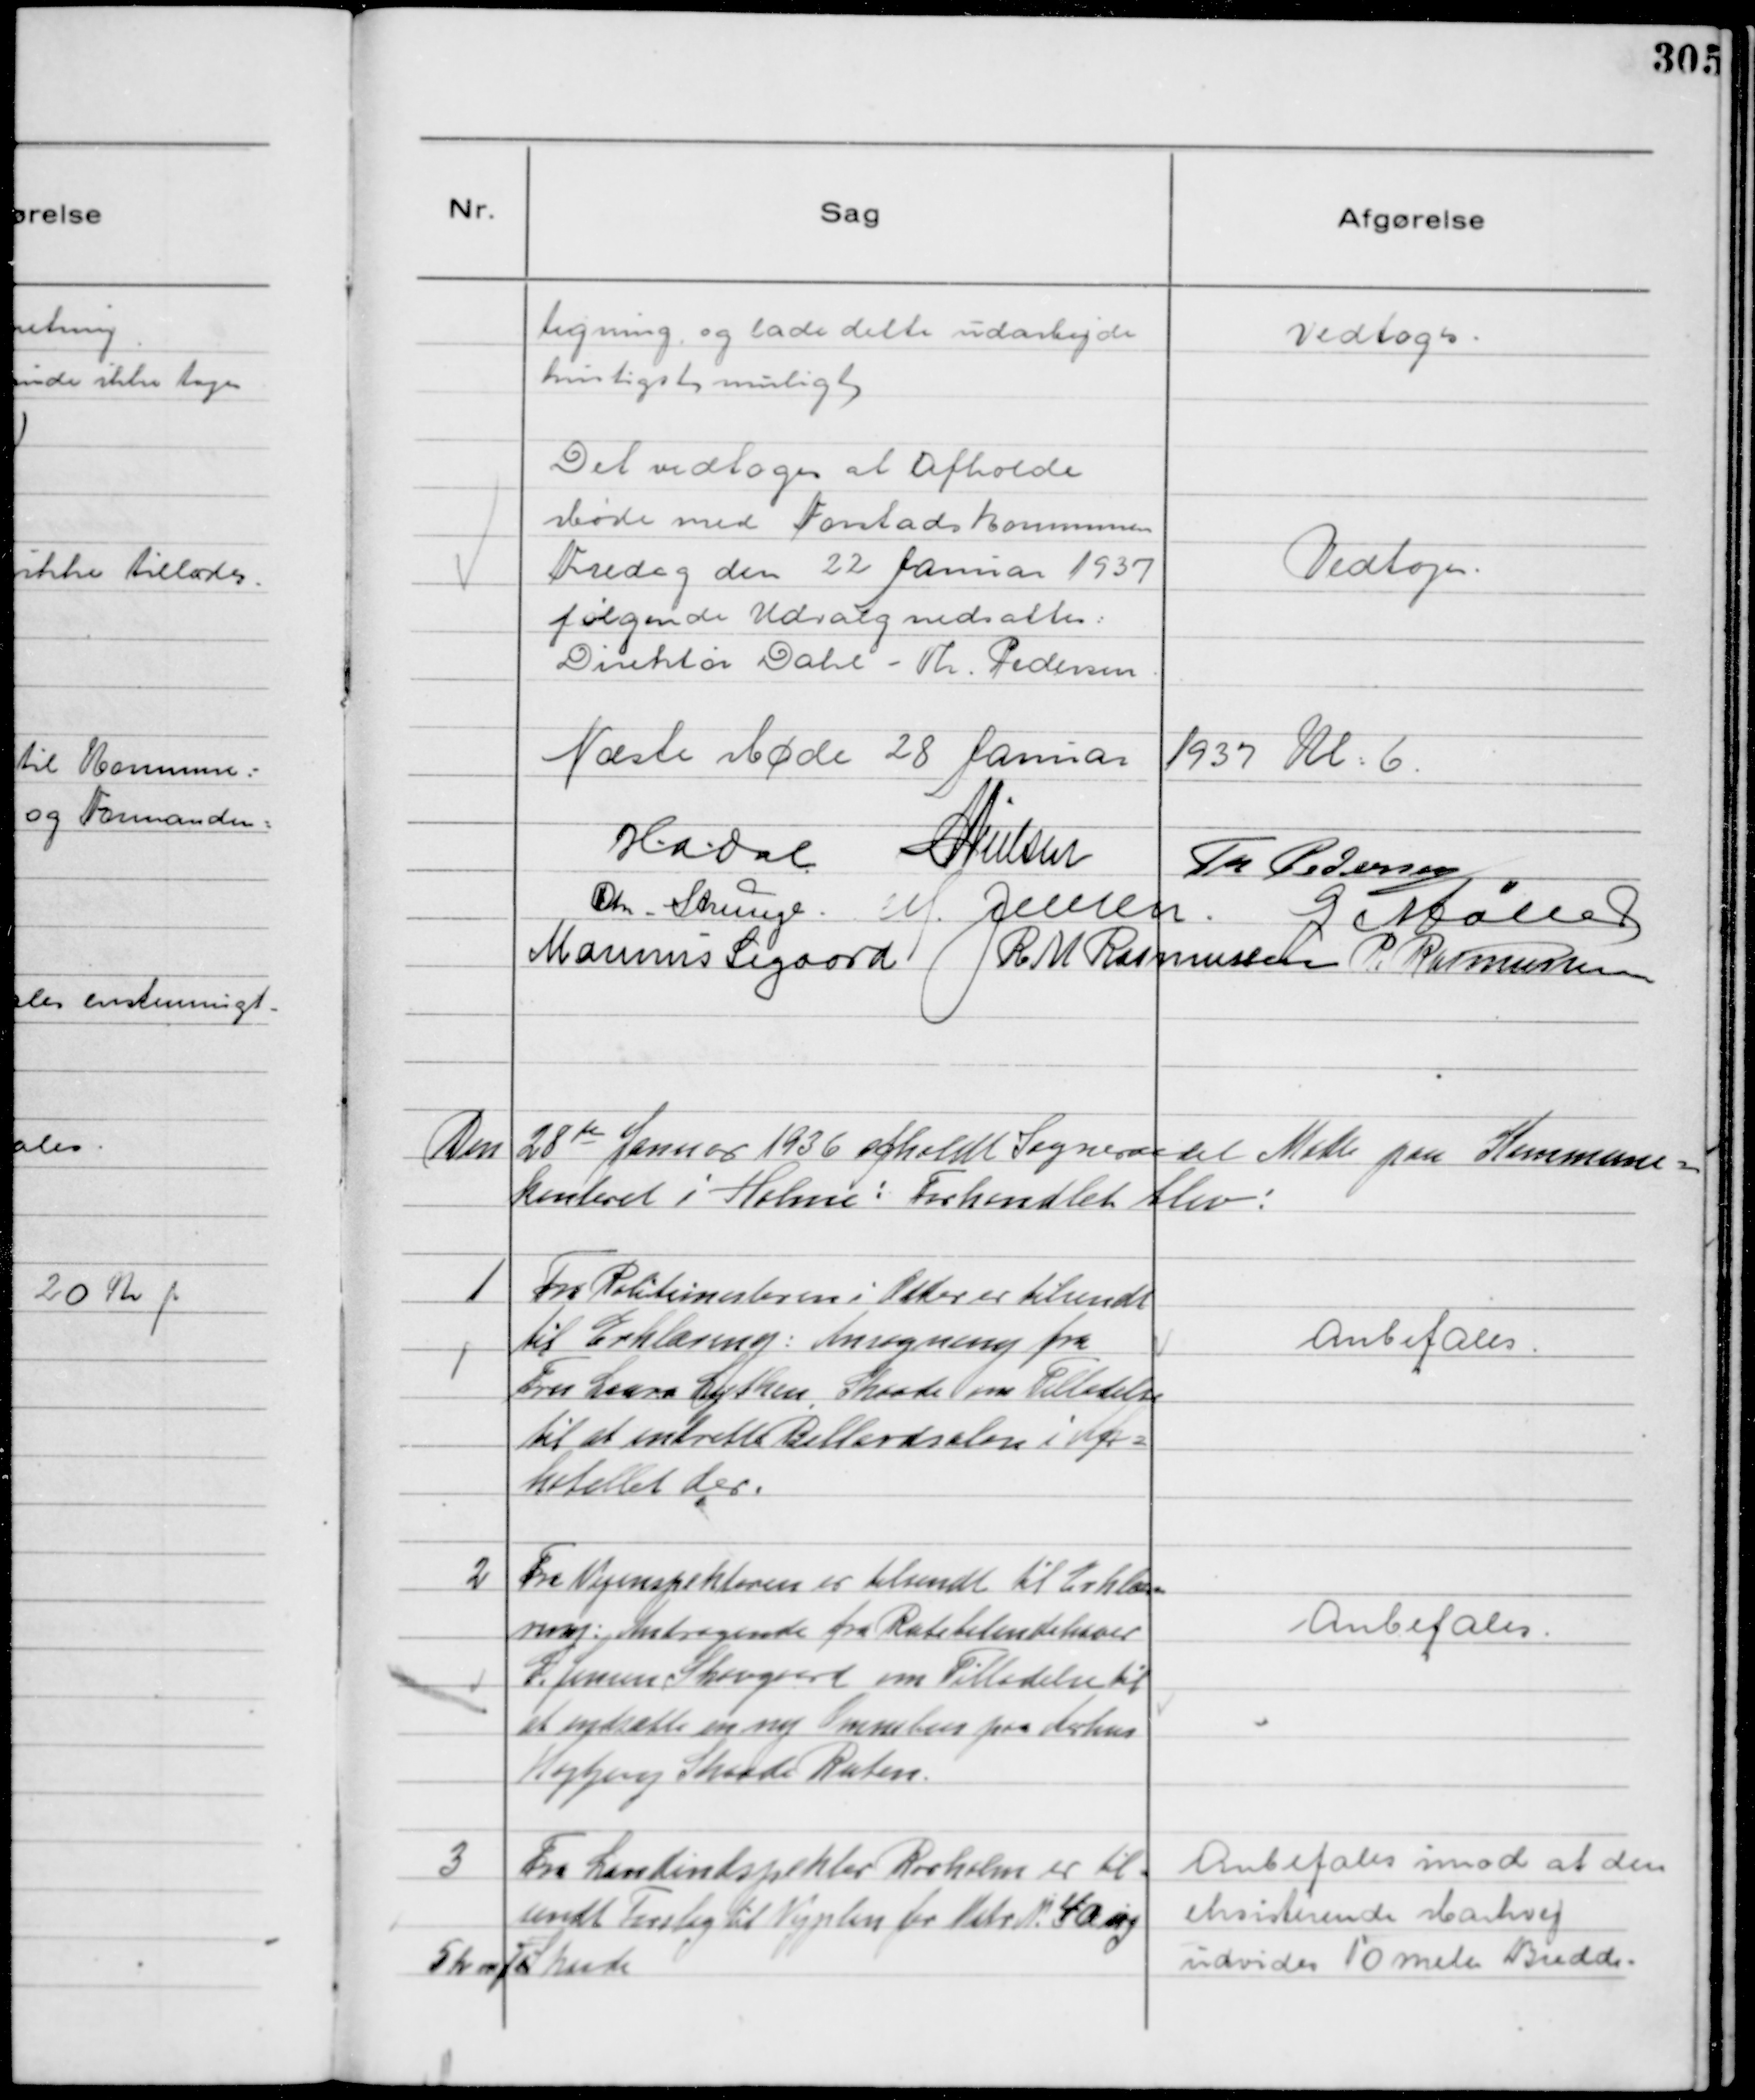
Transskription:
tegning og lade dette udarbejde
hurtigst muligt

Vedtoges.

Det vedtoges at Afholde
Møde med Forstadskommunen
Fredag den 22 Januar 1937
følgende Udvalg nedsattes:
Direktør Dahl - Th. Pedersen.

Vedtoges.

Næste Møde 28 Januar 1937 Kl: 6.

H.a.dal
N Nielsen
Th Pedersen
Chr Strunge.
M. Jensen.
G Møller
Marinus Sigaard
R M Rasmussen
P. Rasmussen

Den 28 de Januar 1936 afholdt Sogneraadet Møde paa Kommune=
kontoret i Holme: Forhandlet blev:

1
Fra Politimesteren i Odder er tilsendt
til Erklæring: Ansøgning fra
Fru Laura Lythen, Skaade om Tilladelse
til at indrette Billardsalon i Afh=
hotellet der.

Anbefales.

2
Fra Vejinspektøren er tilsendt til Erklæ=
ring: Andragende fra Rutebilindehaver
G Jensen Skovgaard om Tilladelse til
at indsætte en ny Omnibus paa Aarhus
Højbjerg Skaade Ruten.

Anbefales.

3
Fra Landinspektør Rørholm er til-
sendt Forslag til Vejplan for Matr N. 4 a og
5 h mf Skaade

Anbefales imod at den
eksisterende Markvej
udvides 10 meter Bredde.